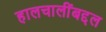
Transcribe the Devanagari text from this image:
हालचालींबद्दल